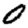
Digit: 0